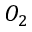
O _ { 2 }